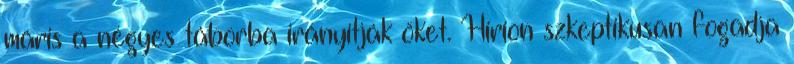
máris a négyes táborba irányítják őket. Hirion szkeptikusan fogadja